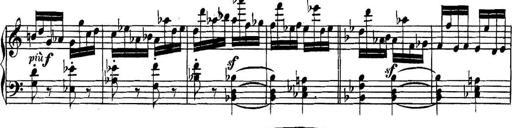
Title: Collected Piano Sonatas
Composer: Muzio Clementi